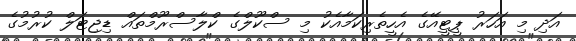
އަދި މި އަހަރު ޕީޓީއޭގެ އެހީތެރިކަމާއެކު މި ސްކޫލްގެ ކްލާސްރޫމްތައް ޑިޖިޓަލް ކުރުމުގެ